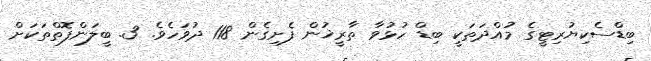
ބިޑްސެކިޔުރިޓީގެ މުއްދަތަކީ ބިޑް ހުޅުވާ ތާރީޚުން ފެށިގެން 118 ދުވަހެވެ. 3. ބީލަންފޮތްތަކަށް